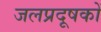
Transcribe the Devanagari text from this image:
जलप्रदूषकों